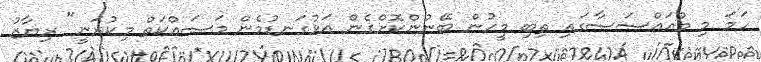
ހަމަ މި މުއައްސަސާގައި ތިބި މީހުން ބޭނުންކޮށްގެން އަޅުގަނޑުމެން މަސައްކަތް މިކުރަނީ" ރިޔާޒު